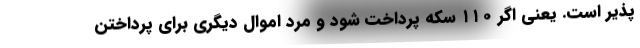
پذیر است. یعنی اگر ۱۱۰ سکه پرداخت شود و مرد اموال دیگری برای پرداختن